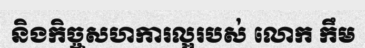
និងកិច្ចសហការល្អរបស់ លោក កឹម